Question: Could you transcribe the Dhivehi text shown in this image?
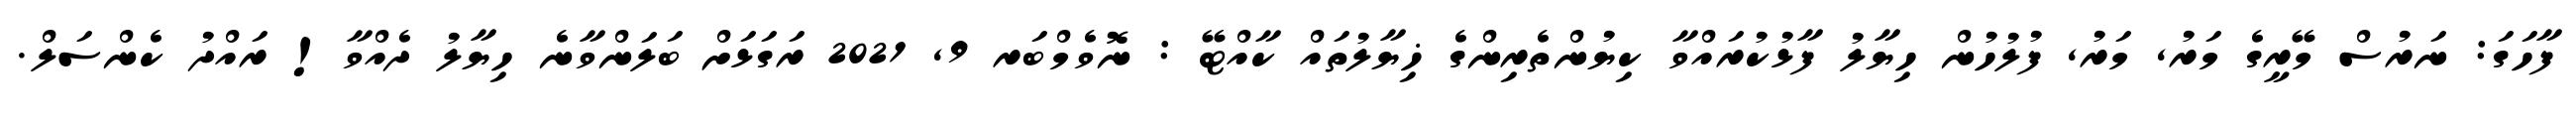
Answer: ފާހަގަ: ނަރުސް މޭރީގެ މަރު, މަރު, ފުލުހުން ހިޔާލު ފާޅުކުރައްވާ ކިޔުންތެރިންގެ ޚިޔާލުތައް ކާއްޓޭ : ނޮވެމްބަރ 9, 2021 ރަގަޅަށް ބަލަންވާނެ ހިޔާލު ދެއްވާ! ރައްދު ކެންސަލް.